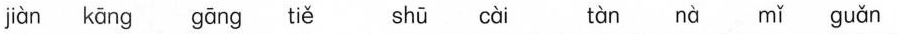
jiàn kāng gāng tiě shū cài tàn nà mǐ guǎn